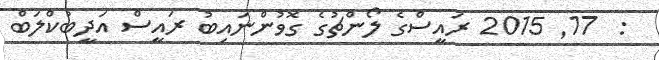
:  17